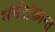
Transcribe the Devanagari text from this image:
धर्मसंक्रान्त